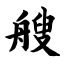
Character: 艘